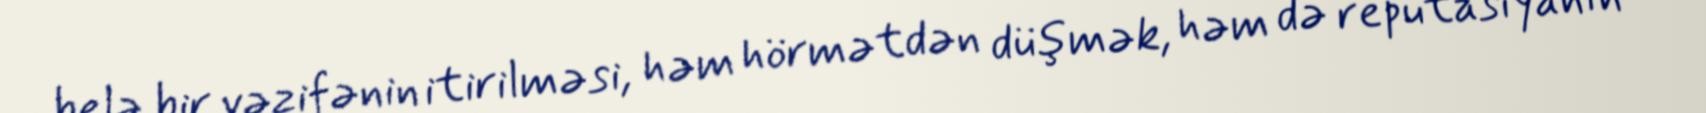
belə bir vəzifənin itirilməsi, həm hörmətdən düşmək, həm də reputasiyanın